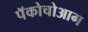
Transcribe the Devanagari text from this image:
पॅकोचोआग